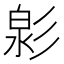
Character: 㣐